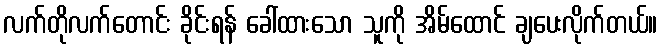
လက်တိုလက်တောင်း ခိုင်းရန် ခေါ်ထားသော သူကို အိမ်ထောင် ချပေးလိုက်တယ်။